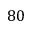
8 0